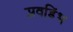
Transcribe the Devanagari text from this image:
प्लवडिंभ